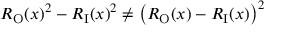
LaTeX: R _ { \mathrm { O } } ( x ) ^ { 2 } - R _ { \mathrm { I } } ( x ) ^ { 2 } \neq \left( R _ { \mathrm { O } } ( x ) - R _ { \mathrm { I } } ( x ) \right) ^ { 2 }